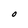
Character: O